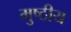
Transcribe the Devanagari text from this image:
मुष्ठीय